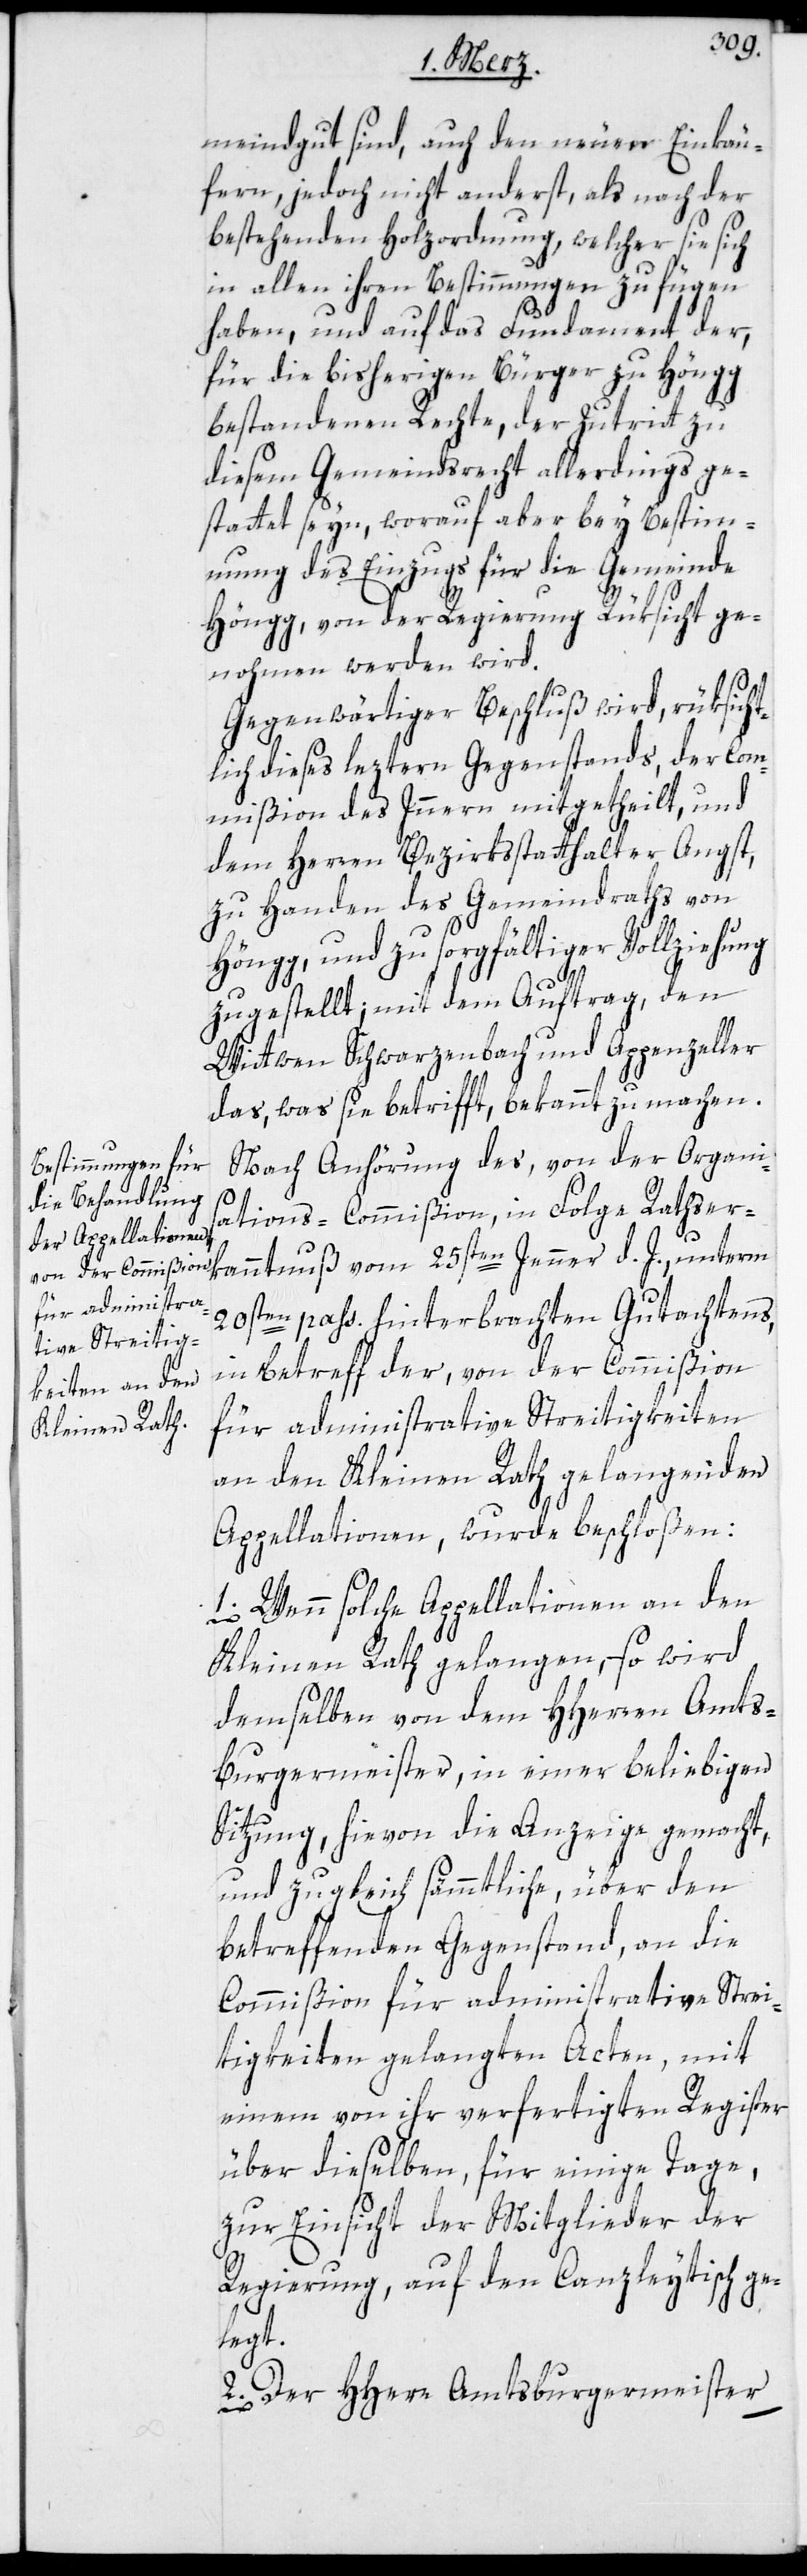
meindgut sind, auch den neuen Einkäu¬
fern, jedoch nicht anderst, als nach der
bestehenden Holzordnung, welcher sie sich
in allen ihren Bestimmungen zu fügen
haben, und auf das Fundament der,
für die bisherigen Bürger zu Höngg
bestandenen Rechte, der Zutritt zu
diesem Gemeindsrecht allerdings ge¬
stattet seyn, worauf aber bey Bestim¬
mung des Einzugs für die Gemeinde
Höngg, von der Regierung Rüksicht ge¬
nohmen werden wird.
Gegenwärtiger Beschluß wird, rüksicht¬
lich dieses leztern Gegenstands, der Com¬
mißion des Inneren mitgetheilt, und
dem Herren Bezirksstatthalter Angst,
zu Handen des Gemeindraths von
Höngg, und zu sorgfältiger Vollziehung
zugestellt; mit dem Auftrag, den
Wittwen Schwarzenbach und Appenzeller
das, was sie betrifft, bekannt zu machen.
Nach Anhörung des, von der Organis¬
ations-Commißion, in Folge Rathser¬
kanntnuß vom 25sten Jenner d. J., unterm
20sten pass. hinterbrachten Gutachtens,
in betreff der, von der Commißion
für administrative Streitigkeiten
an den Kleinen Rath gelangenden
Appellationen, wurde beschloßen:
1. Wenn solche Appellationen an den
Kleinen Rath gelangen, – so wird
demselben von dem HHerren Amts¬
burgermeister, in einer beliebigen
Sitzung, hievon die Anzeige gemacht,
und zugleich sämmtliche, über den
betreffenden Gegenstand, an die
Commißion für administrative Strei¬
tigkeiten gelangten Acten, mit
einem von ihr verfertigten Register
über dieselben, für einige Tage,
zur Einsicht der Mitglieder der
Regierung, auf den Canzleytisch ge¬
legt.
2. Der HHerr Amtsburgermeister